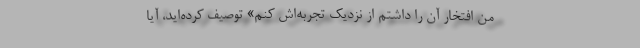
من افتخار آن را داشتم از نزدیک تجربه‌اش کنم» توصیف کرده‌اید، آیا